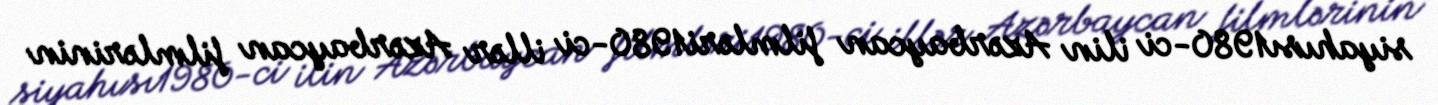
siyahısı1980-ci ilin Azərbaycan filmləri1980-ci illər Azərbaycan filmlərinin